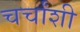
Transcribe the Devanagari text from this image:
चर्चांशी